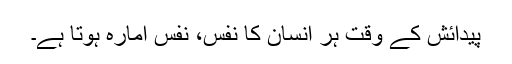
پیدائش کے وقت ہر انسان کا نفس، نفس امارہ ہوتا ہے۔